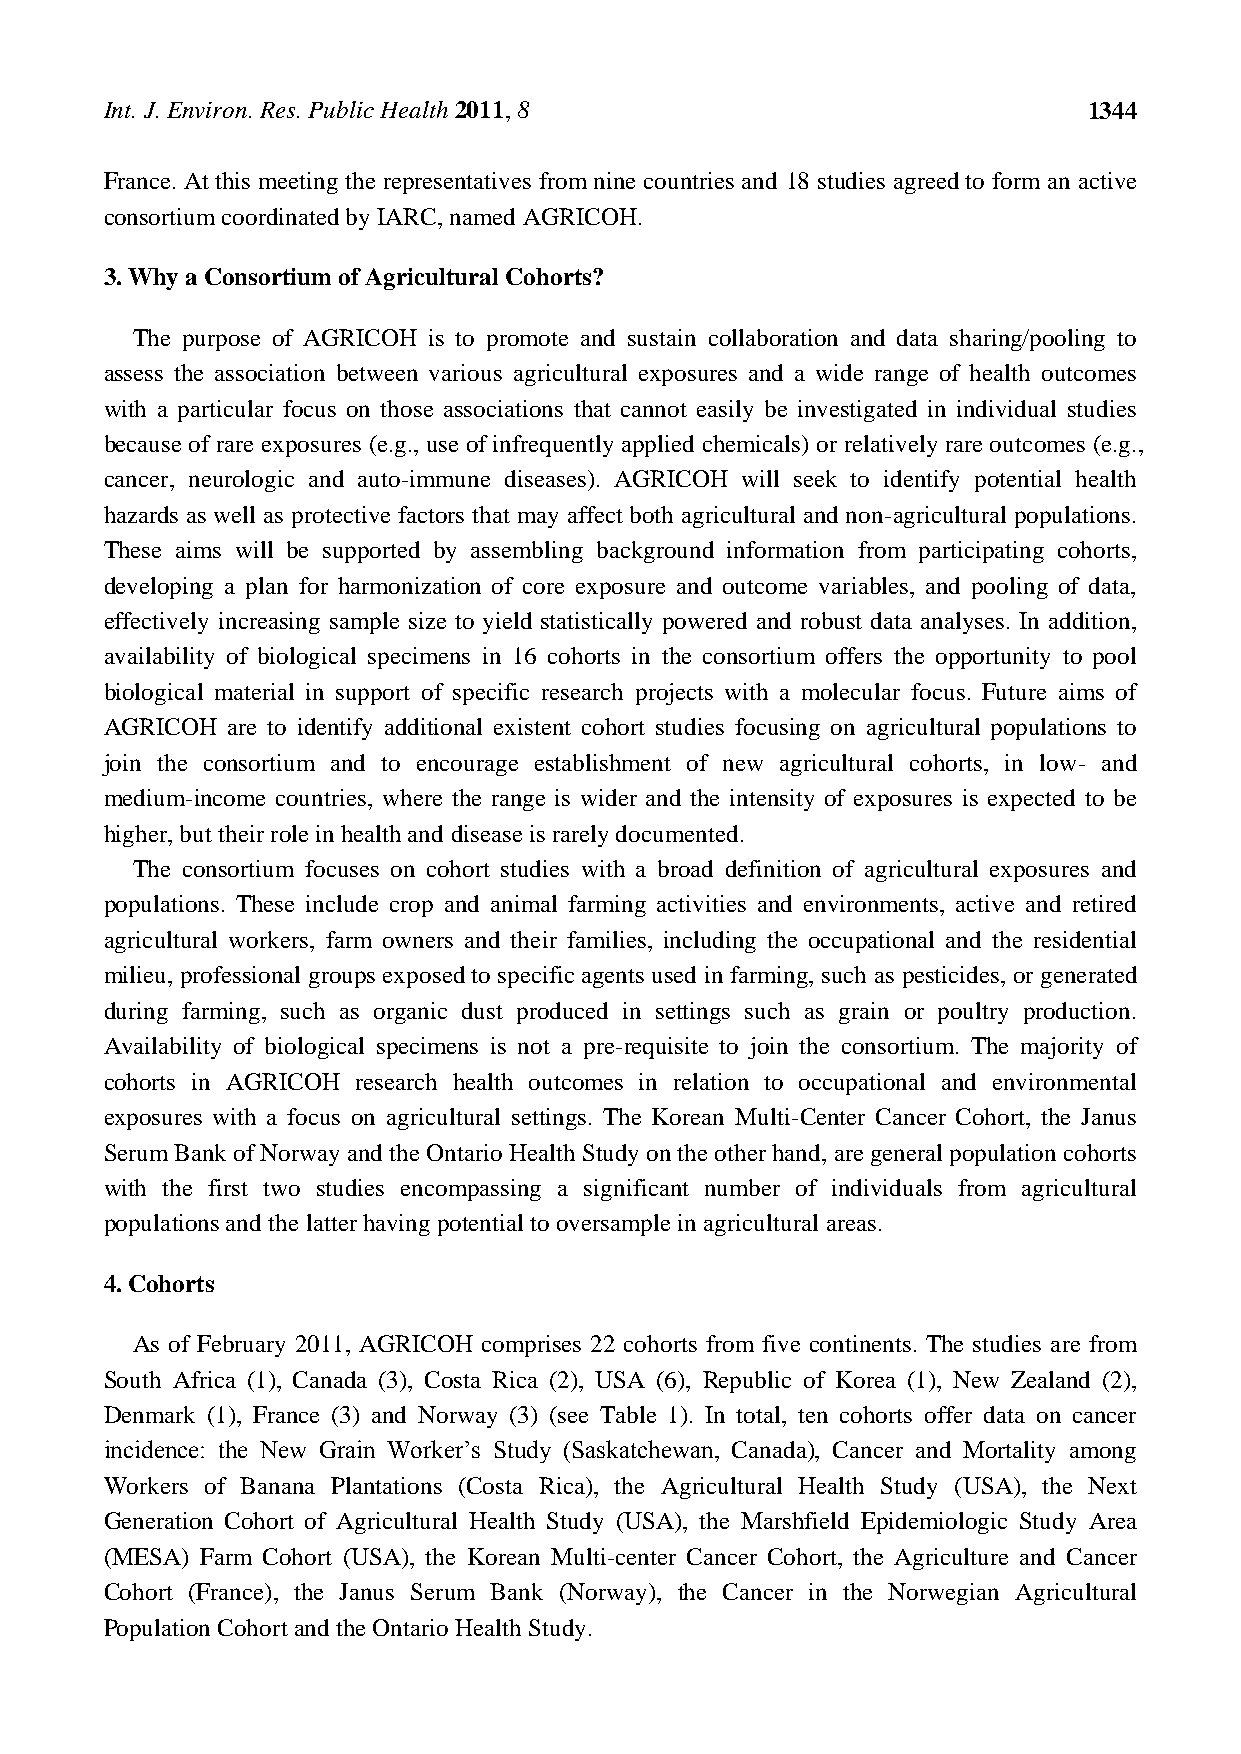
Int. J. Environ. Res. Public Health 2011, 8                      1344
 France. At this meeting the representatives from nine countries and 18 studies agreed to form an active
 consortium coordinated by IARC, named AGRICOH.
 3. Why a Consortium of Agricultural Cohorts?
 The purpose of AGRICOH is to promote and sustain collaboration and data sharing/pooling to
 assess the association between various agricultural exposures and a wide range of health outcomes
 with a particular focus on those associations that cannot easily be investigated in individual studies
 because of rare exposures (e.g., use of infrequently applied chemicals) or relatively rare outcomes (e.g.,
 cancer, neurologic and auto-immune diseases). AGRICOH will seek to identify potential health
 hazards as well as protective factors that may affect both agricultural and non-agricultural populations.
 These aims will be supported by assembling background information from participating cohorts,
 developing a plan for harmonization of core exposure and outcome variables, and pooling of data,
 effectively increasing sample size to yield statistically powered and robust data analyses. In addition,
 availability of biological specimens in 16 cohorts in the consortium offers the opportunity to pool
 biological material in support of specific research projects with a molecular focus. Future aims of
 AGRICOH are to identify additional existent cohort studies focusing on agricultural populations to
 join the consortium and to encourage establishment of new agricultural cohorts, in low- and
 medium-income countries, where the range is wider and the intensity of exposures is expected to be
 higher, but their role in health and disease is rarely documented.
 The consortium focuses on cohort studies with a broad definition of agricultural exposures and
 populations. These include crop and animal farming activities and environments, active and retired
 agricultural workers, farm owners and their families, including the occupational and the residential
 milieu, professional groups exposed to specific agents used in farming, such as pesticides, or generated
 during farming, such as organic dust produced in settings such as grain or poultry production.
 Availability of biological specimens is not a pre-requisite to join the consortium. The majority of
 cohorts in AGRICOH research health outcomes in relation to occupational and environmental
 exposures with a focus on agricultural settings. The Korean Multi-Center Cancer Cohort, the Janus
 Serum Bank of Norway and the Ontario Health Study on the other hand, are general population cohorts
 with the first two studies encompassing a significant number of individuals from agricultural
 populations and the latter having potential to oversample in agricultural areas.
 4. Cohorts
 As of February 2011, AGRICOH comprises 22 cohorts from five continents. The studies are from
 South Africa (1), Canada (3), Costa Rica (2), USA (6), Republic of Korea (1), New Zealand (2),
 Denmark (1), France (3) and Norway (3) (see Table 1). In total, ten cohorts offer data on cancer
 incidence: the New Grain Worker’s Study (Saskatchewan, Canada), Cancer and Mortality among
 Workers of Banana Plantations (Costa Rica), the Agricultural Health Study (USA), the Next
 Generation Cohort of Agricultural Health Study (USA), the Marshfield Epidemiologic Study Area
 (MESA) Farm Cohort (USA), the Korean Multi-center Cancer Cohort, the Agriculture and Cancer
 Cohort (France), the Janus Serum Bank (Norway), the Cancer in the Norwegian Agricultural
 Population Cohort and the Ontario Health Study.